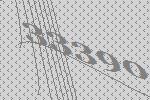
33390